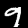
Label: 9